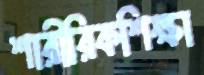
শারীরিকশিক্ষা